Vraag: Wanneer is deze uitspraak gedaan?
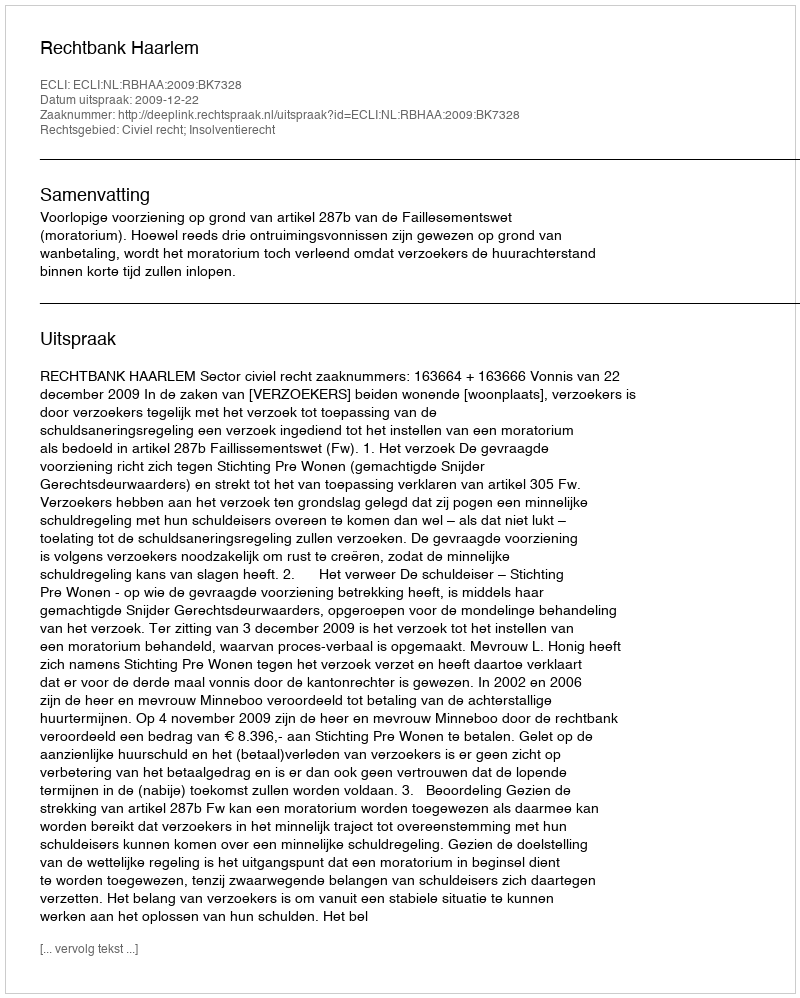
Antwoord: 2009-12-22